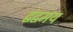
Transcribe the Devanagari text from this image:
द्वंद्वमय